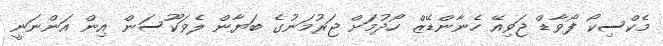
މެކްސިކޯ ފޯވާޑް ޖަވިއޭ ހެނާންޑޭޒް ހޯދުމަށް ޖަރުމަނުގެ ބަޔާން ލެވަކޫސަން އިން އަންނަނީ